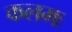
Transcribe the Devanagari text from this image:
कलमः